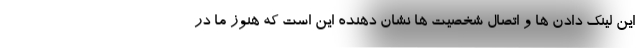
این لینک دادن ها و اتصال شخصیت ها نشان دهنده این است که هنوز ما در